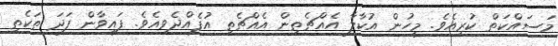
މަސައްކަތް ކުރިއެވެ. މީހުން އުކާލާ އެއްޗެތިން އެއްޗެތި އުފެއްދެވިއެވެ. ފައިވާން ފަދަ ތަކެތި